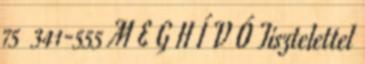
75 341-555 M E G H Í V Ó Tisztelettel